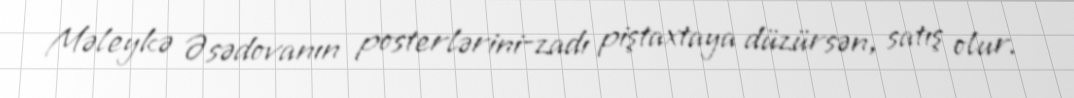
Məleykə Əsədovanın posterlərini-zadı piştaxtaya düzürsən, satış olur.